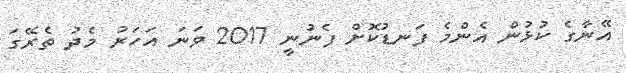
އޭނާގެ ކުޅުން އެންމެ ފަނޑުކޮށް ފެނުނީ 2017 ވަނަ އަހަރު މެދު ތެރޭގަ